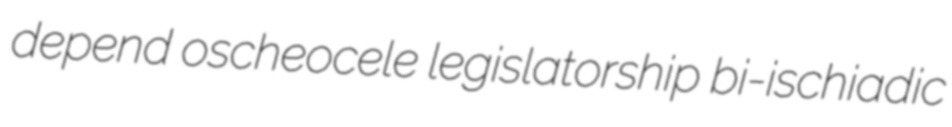
depend oscheocele legislatorship bi-ischiadic